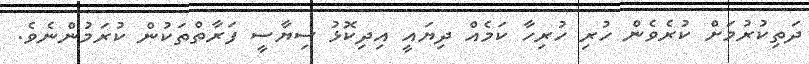
ދަތިކުރުމަށް ކުރެވެން ހުރި ހުރިހާ ކަމެއް ދިޔައީ އިދިކޮޅު ސިޔާސީ ފަރާތްތަކުން ކުރަމުންނެވެ.